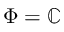
\Phi = \mathbb { C }